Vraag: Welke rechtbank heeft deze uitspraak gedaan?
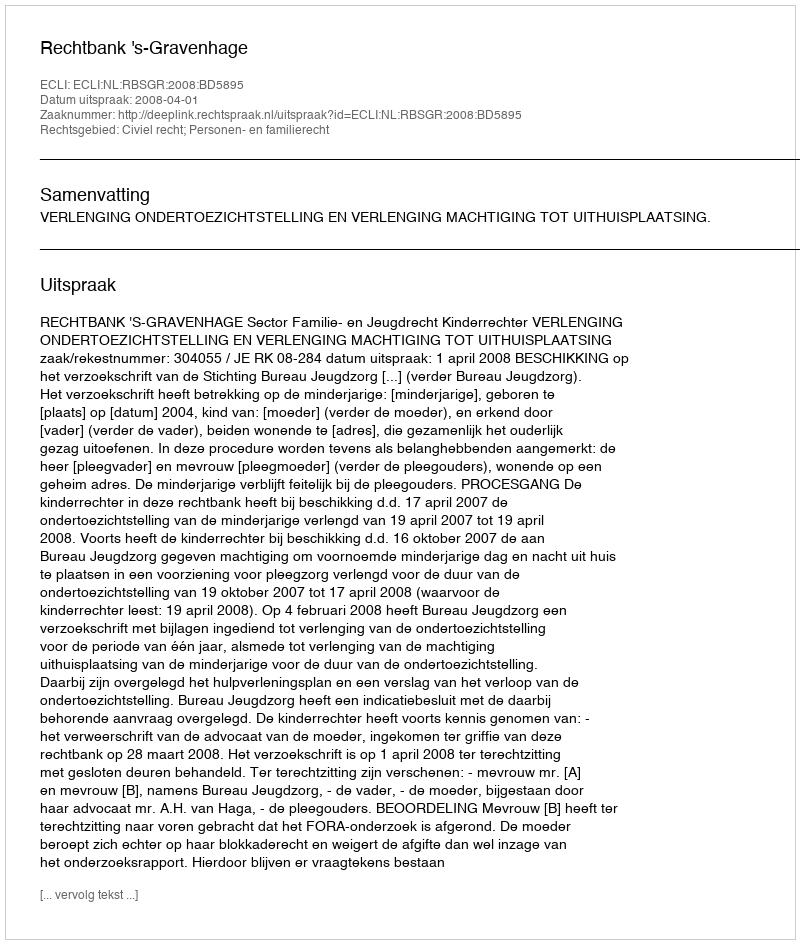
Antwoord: Rechtbank 's-Gravenhage